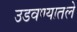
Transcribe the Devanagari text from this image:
उडवण्यातले